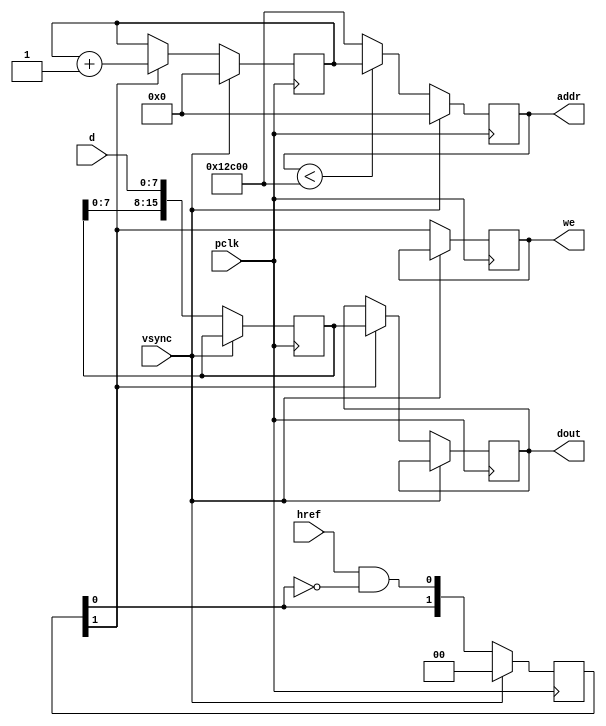
module ov7670_capture(
input pclk,
input vsync,
input href,
input[7:0] d,
output[16:0] addr,
output reg[15:0] dout,
output reg we
    );
    reg [15:0] d_latch;
    reg [16:0] address;
    reg [16:0] address_next;  
     reg [1:0] wr_hold;    
     reg [1:0] cnt;
  initial d_latch = 16'b0;
   initial address = 19'b0;
   initial address_next = 19'b0;
    initial wr_hold = 2'b0;   
    initial cnt = 2'b0;        
assign addr =    address;
always@(posedge pclk)begin 
 if( vsync ==1) begin
           address <=17'b0;
           address_next <= 17'b0;
           wr_hold <=  2'b0;
           cnt <=  2'b0;
           end
        else begin
           if(address<76800)  
             address <= address_next;
           else
             address <= 76800;
           we      <= wr_hold[1];  
           wr_hold <= {wr_hold[0] , (href &&( ! wr_hold[0])) };
           d_latch <= {d_latch[7:0] , d};
           if (wr_hold[1] ==1 )begin  
              address_next <=address_next+1;
              dout[15:0]  <= {d_latch[15:11] , d_latch[10:5] , d_latch[4:0] };
           end
        end;
 end
endmodule